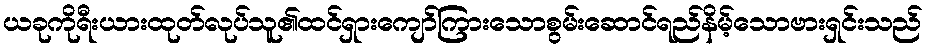
ယခုကိုရီးယားထုတ်လုပ်သူ၏ထင်ရှားကျော်ကြားသောစွမ်းဆောင်ရည်နိမ့်သောဗားရှင်းသည်